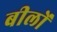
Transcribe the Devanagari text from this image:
बीलों